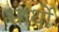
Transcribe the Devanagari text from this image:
सार्थो